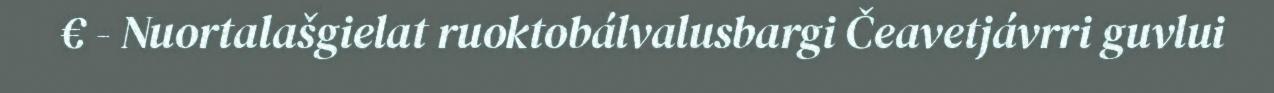
€ - Nuortalašgielat ruoktobálvalusbargi Čeavetjávrri guvlui